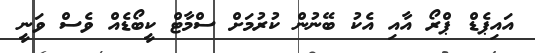
އައިޕެޑް ޕްރޯ އާއި އެކު ބޭނުން ކުރުމަށް ސްމާޓް ކީބޯޑެއް ވެސް ވަނީ